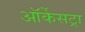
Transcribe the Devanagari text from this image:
ऑर्केसट्रा